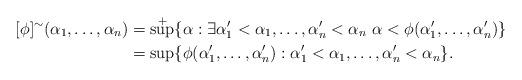
LaTeX: \begin{align*}[\phi]^\sim(\alpha_1,\dots,\alpha_n)&=\sup^+\{\alpha:\exists \alpha_1'<\alpha_1,\dots,\alpha_n'<\alpha_n\ \alpha<\phi(\alpha_1',\dots,\alpha_n')\}\\&=\sup\{\phi(\alpha_1',\dots,\alpha_n'):\alpha_1'<\alpha_1,\dots,\alpha_n'<\alpha_n\}.\end{align*}